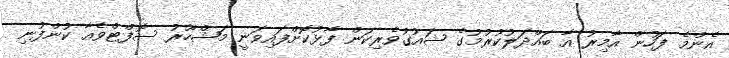
އެންމެ ފަހުން އާމިރު އާ ބައްދަލުކުރުމުގެ ޝައުގުވެރިކަން ފާޅުކޮށްފައިވަނީ މަޝްހޫރު ސޮފްޓްވެއާ ކުންފުނި